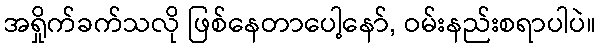
အရှိုက်ခက်သလို ဖြစ်နေတာပေါ့နော်, ဝမ်းနည်းစရာပါပဲ။